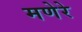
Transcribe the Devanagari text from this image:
मणेरे